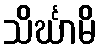
သိင်္ဃာမိ